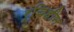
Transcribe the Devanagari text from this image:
रूचिहीन